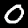
Label: 0